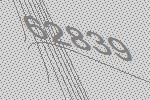
62839